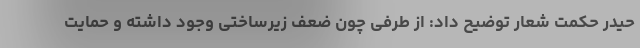
حیدر حکمت شعار توضیح داد: از طرفی چون ضعف زیرساختی وجود داشته و حمایت